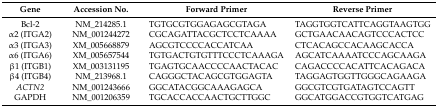
<table><thead><tr><td><b>Gene</b></td><td><b>Accession No.</b></td><td><b>Forward Primer</b></td><td><b>Reverse Primer</b></td></tr></thead><tbody><tr><td>Bcl-2</td><td>NM_214285.1</td><td>TGTGCGTGGAGAGCGTAGA</td><td>TAGGTGGTCATTCAGGTAAGTGG</td></tr><tr><td>α2 (ITGA2)</td><td>NM_001244272</td><td>CGCAGATTACGCTCCTCAAAA</td><td>GCTGAACAACAGTCCCACTCC</td></tr><tr><td>α3 (ITGA3)</td><td>XM_005668879</td><td>AGCGTCCCCACCATCAA</td><td>CTCACAGCCACAAGCACCA</td></tr><tr><td>α6 (ITGA6)</td><td>XM_005657544</td><td>TGTGACTGTGTTTCCCTCAAAGA</td><td>AGCATCAAAATCCCAGCAAGA</td></tr><tr><td>β1 (ITGB1)</td><td>XM_003131195</td><td>TGAGTGCAACCCCAACTACAC</td><td>CAGACCCCACATTCACAGACA</td></tr><tr><td>β4 (ITGB4)</td><td>NM_213968.1</td><td>CAGGGCTACAGCGTGGAGTA</td><td>TAGGAGTGGTTGGGCAGAAGA</td></tr><tr><td><i>ACTN2</i></td><td>NM_001243666</td><td>GGCATACGGCAAAGAGCA</td><td>GGCGTCGTGATAGTCCAGTT</td></tr><tr><td>GAPDH</td><td>NM_001206359</td><td>TGCACCACCAACTGCTTGGC</td><td>GGCATGGACCGTGGTCATGAG</td></tr></tbody></table>